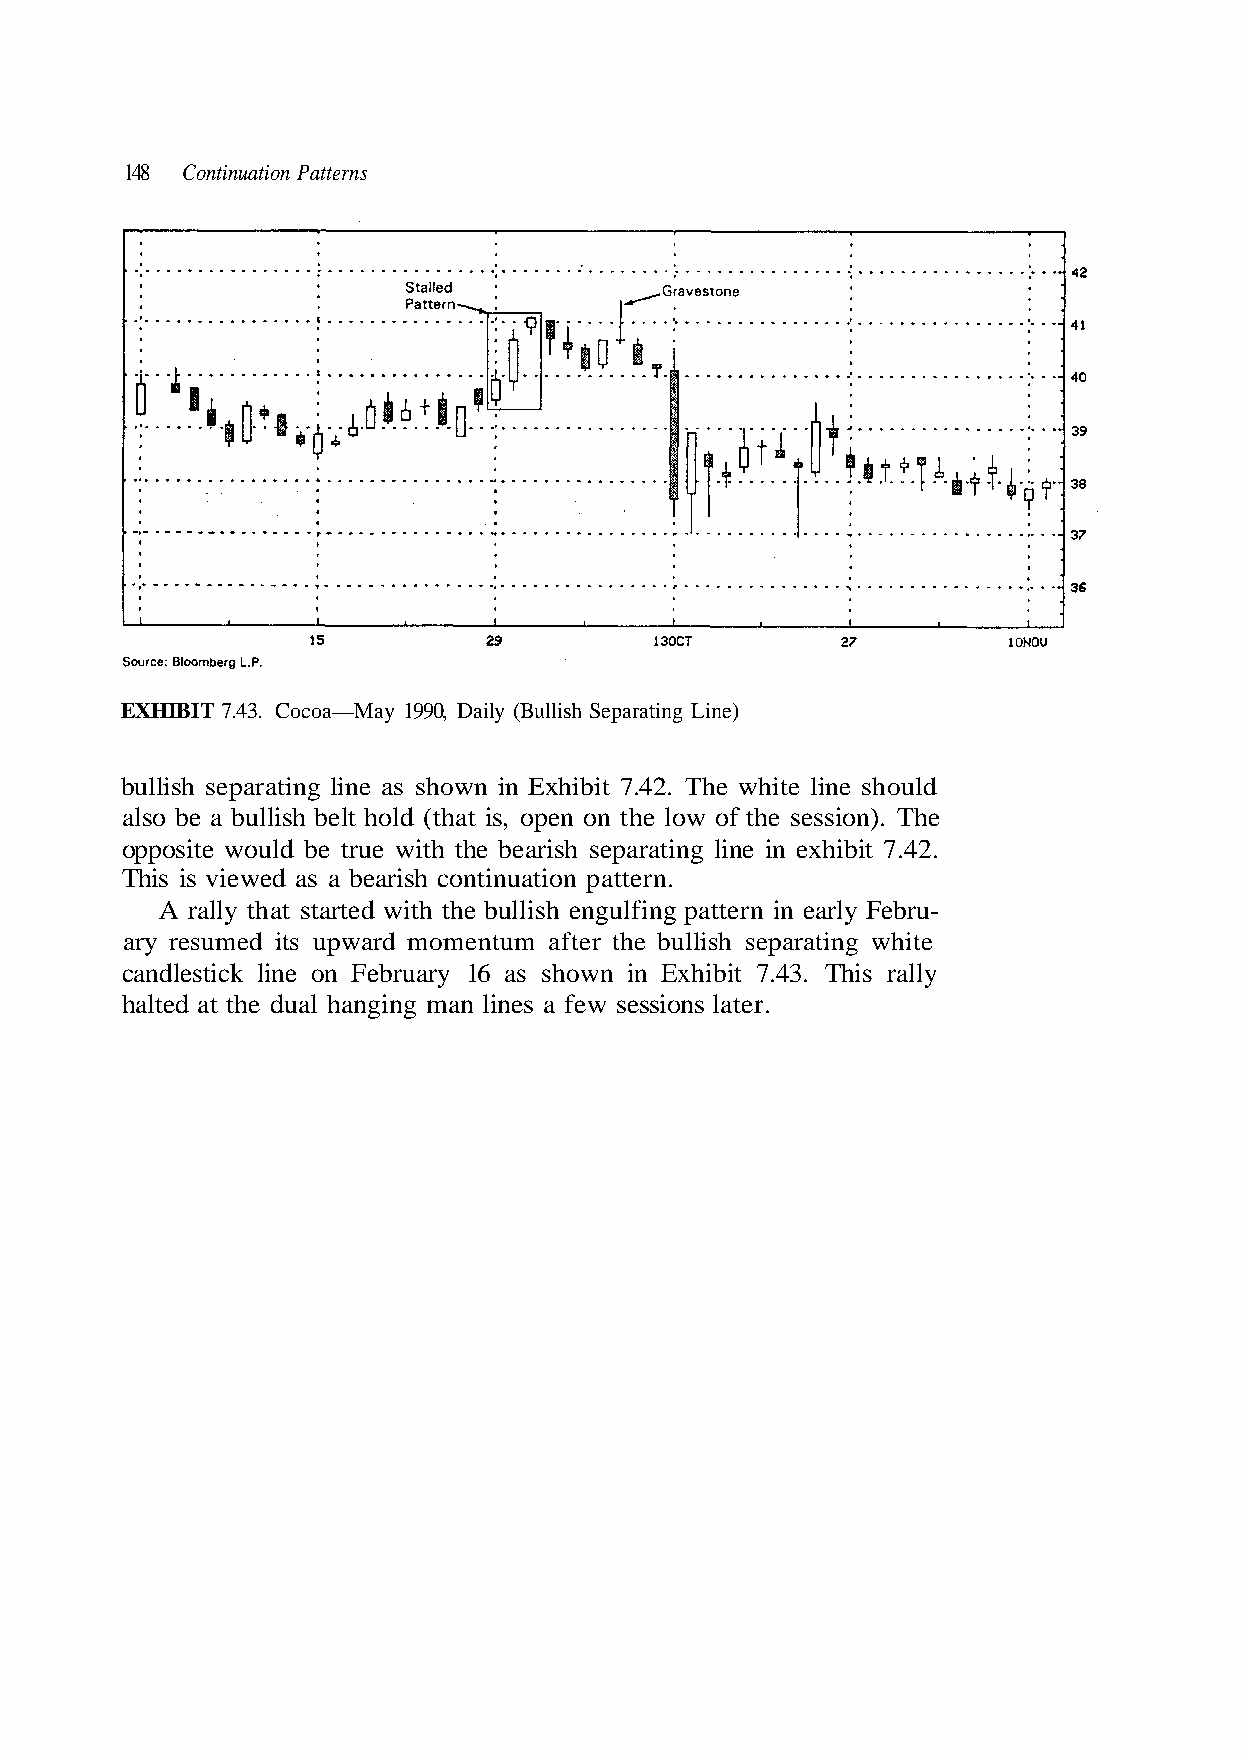
148 Continuation Patterns
 bullish separating line as shown in Exhibit 7.42. The white line should
 also be a bullish belt hold (that is, open on the low of the session). The
 opposite would be true with the bearish separating line in exhibit 7.42.
 This is viewed as a bearish continuation pattern.
 ) e n i L g n
 y
 ati
 all
 r
 r
 epa
 his
 S
 T
 h
 3.
 s
 4
 lli
 7.
 Bu
 bit
 (
 hi
 y
 x
 l
 E
 i Da
 n i
 ,
 n
 0
 w
 199
 sho
 y
 s
 a
 a
 M
 6 1
 —
 y
 a
 r
 o
 a u
 c
 r
 o
 b
 C
 e F
 EXHIBIT 7.43.
 A rally that started with the bullish engulfing pattern in early Febru-
 ary resumed its upward momentum after the bullish separating white
 candlestick line on
 halted at the dual hanging man lines a few sessions later.